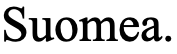
Suomea.